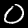
Label: 0